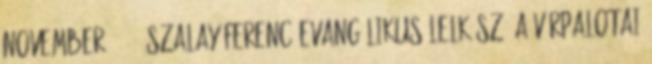
november 26. – Szalay Ferenc evangélikus lelkész, a várpalotai